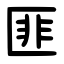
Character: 匪